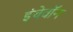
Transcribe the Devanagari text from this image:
इंचेवॉन